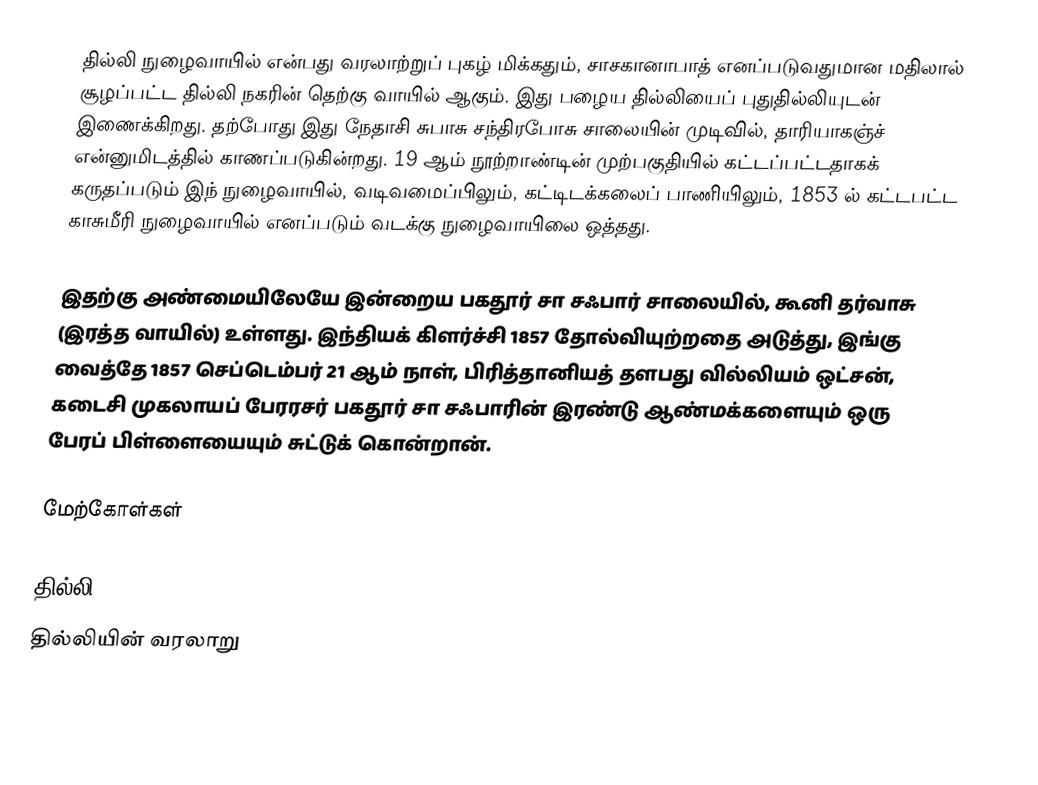
தில்லி நுழைவாயில் என்பது வரலாற்றுப் புகழ் மிக்கதும், சாசகானாபாத் எனப்படுவதுமான மதிலால் சூழப்பட்ட தில்லி நகரின் தெற்கு வாயில் ஆகும். இது பழைய தில்லியைப் புதுதில்லியுடன் இணைக்கிறது. தற்போது இது நேதாசி சுபாசு சந்திரபோசு சாலையின் முடிவில், தாரியாகஞ்ச் என்னுமிடத்தில் காணப்படுகின்றது. 19 ஆம் நூற்றாண்டின் முற்பகுதியில் கட்டப்பட்டதாகக் கருதப்படும் இந் நுழைவாயில், வடிவமைப்பிலும், கட்டிடக்கலைப் பாணியிலும், 1853 ல் கட்டபட்ட காசுமீரி நுழைவாயில் எனப்படும் வடக்கு நுழைவாயிலை ஒத்தது.

இதற்கு அண்மையிலேயே இன்றைய பகதூர் சா சஃபார் சாலையில், கூனி தர்வாசு (இரத்த வாயில்) உள்ளது. இந்தியக் கிளர்ச்சி 1857 தோல்வியுற்றதை அடுத்து, இங்கு வைத்தே 1857 செப்டெம்பர் 21 ஆம் நாள், பிரித்தானியத் தளபது வில்லியம் ஒட்சன், கடைசி முகலாயப் பேரரசர் பகதூர் சா சஃபாரின் இரண்டு ஆண்மக்களையும் ஒரு பேரப் பிள்ளையையும் சுட்டுக் கொன்றான்.

மேற்கோள்கள்

தில்லி
தில்லியின் வரலாறு